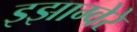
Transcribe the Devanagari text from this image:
इझाग्वेरे